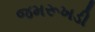
જમરૂખડી